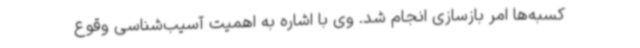
کسبه‌ها امر بازسازی انجام شد. وی با اشاره به اهمیت آسیب‌شناسی وقوع